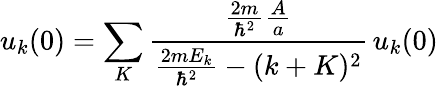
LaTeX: u_{k}(0)=\sum_{K}{\frac{{\frac{2m}{\hbar^{2}}}{\frac{A}{a}}}{{\frac{2mE_{k}}{\hbar^{2}}}-(k+K)^{2}}}\, u_{k}(0)